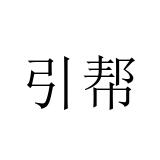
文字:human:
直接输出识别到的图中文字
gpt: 引帮